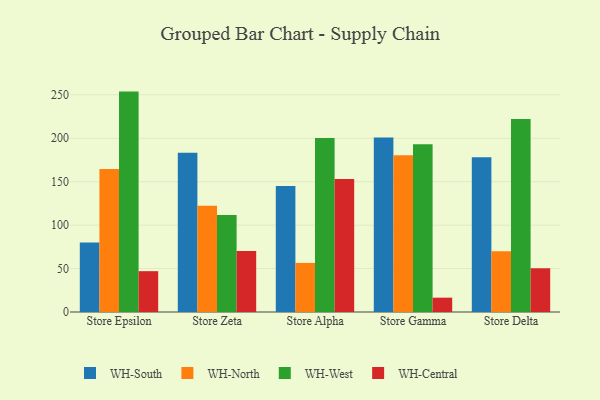
{"axis": {"x": "Store", "y": "Latency (ms)"}, "legend": ["WH-Central", "WH-North", "WH-South", "WH-West"], "data": [{"x": "Store Epsilon", "y": 80.1, "type": "WH-South"}, {"x": "Store Epsilon", "y": 164.5, "type": "WH-North"}, {"x": "Store Epsilon", "y": 253.7, "type": "WH-West"}, {"x": "Store Epsilon", "y": 47.0, "type": "WH-Central"}, {"x": "Store Zeta", "y": 183.2, "type": "WH-South"}, {"x": "Store Zeta", "y": 122.3, "type": "WH-North"}, {"x": "Store Zeta", "y": 111.7, "type": "WH-West"}, {"x": "Store Zeta", "y": 70.2, "type": "WH-Central"}, {"x": "Store Alpha", "y": 144.9, "type": "WH-South"}, {"x": "Store Alpha", "y": 56.5, "type": "WH-North"}, {"x": "Store Alpha", "y": 200.3, "type": "WH-West"}, {"x": "Store Alpha", "y": 153.1, "type": "WH-Central"}, {"x": "Store Gamma", "y": 200.8, "type": "WH-South"}, {"x": "Store Gamma", "y": 180.3, "type": "WH-North"}, {"x": "Store Gamma", "y": 193.1, "type": "WH-West"}, {"x": "Store Gamma", "y": 16.5, "type": "WH-Central"}, {"x": "Store Delta", "y": 178.2, "type": "WH-South"}, {"x": "Store Delta", "y": 69.9, "type": "WH-North"}, {"x": "Store Delta", "y": 222.2, "type": "WH-West"}, {"x": "Store Delta", "y": 50.4, "type": "WH-Central"}]}